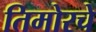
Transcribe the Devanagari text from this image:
तिमोरचे